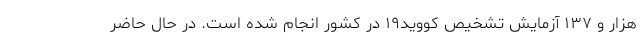
هزار و ۱۳۷ آزمایش تشخیص کووید۱۹ در کشور انجام شده است. در حال حاضر